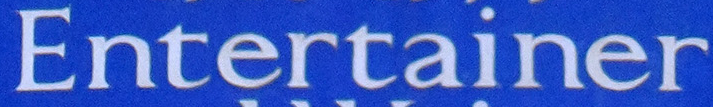
Entertainer